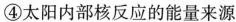
④太阳内部核反应的能量来源